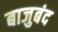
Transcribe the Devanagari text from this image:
बाजुबंद